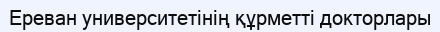
Ереван университетінің құрметті докторлары